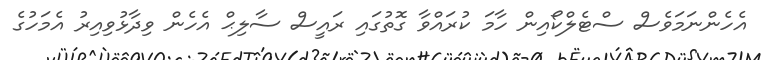
އެހެންނަމަވެސް ސްޓެލްކޯއިން ހާމަ ކުރައްވާ ގޮތުގައި ރައީސް ސާލިޙް އެހެން ވިދާޅުވިއިރު އެމަހުގެ